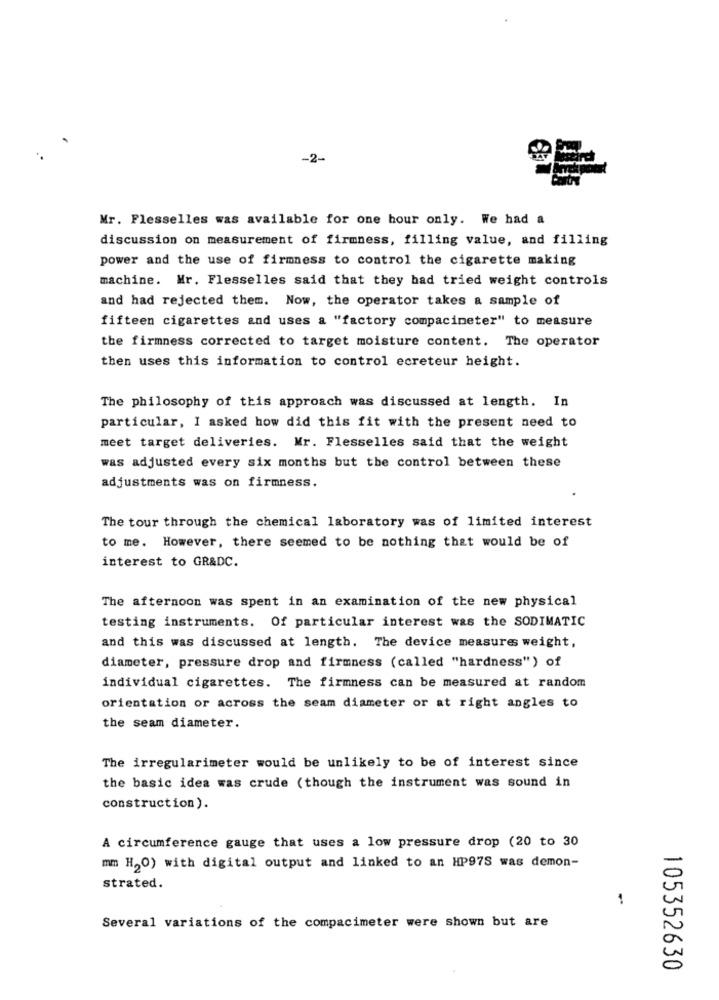
-2-
Mr. Flesselles was available for one hour only. We had a
discussion on measurement of firmness, filling value, and filling
power and the use of firmness to control the cigarette making
machine. Mr. Flesselles said that they had tried weight controls
and had rejected them. Now, the operator takes a sample of
fifteen cigarettes and uses a "factory compacineter" to measure
the firmness corrected to target moisture content. The operator
then uses this information to control ecreteur height.
The philosophy of this approach was discussed at length. In
particular, I asked how did this fit with the present need to
meet target deliveries. Mr. Flesselles said that the weight
was adjusted every six months but the control between these
adjustments was on firmness.
The tour through the chemical laboratory was of limited interest
to me. However, there seemed to be nothing that would be of
interest to GR&DC.
The afternoon was spent in an examination of the new physical
testing instruments. Of particular interest was the SODIMATIC
and this was discussed at length. The device measures weight,
diameter, pressure drop and firmness (called "hardness") of
individual cigarettes. The firmness can be measured at random
orientation or across the seam diameter or at right angles to
the seam diameter.
The irregularimeter would be unlikely to be of interest since
the basic idea was crude (though the instrument was sound in
construction).
A circumference gauge that uses a low pressure drop (20 to 30
mm H2O) with digital output and linked to an HP97S was demon-
strated.
1
Several variations of the compacimeter were shown but are
105352630